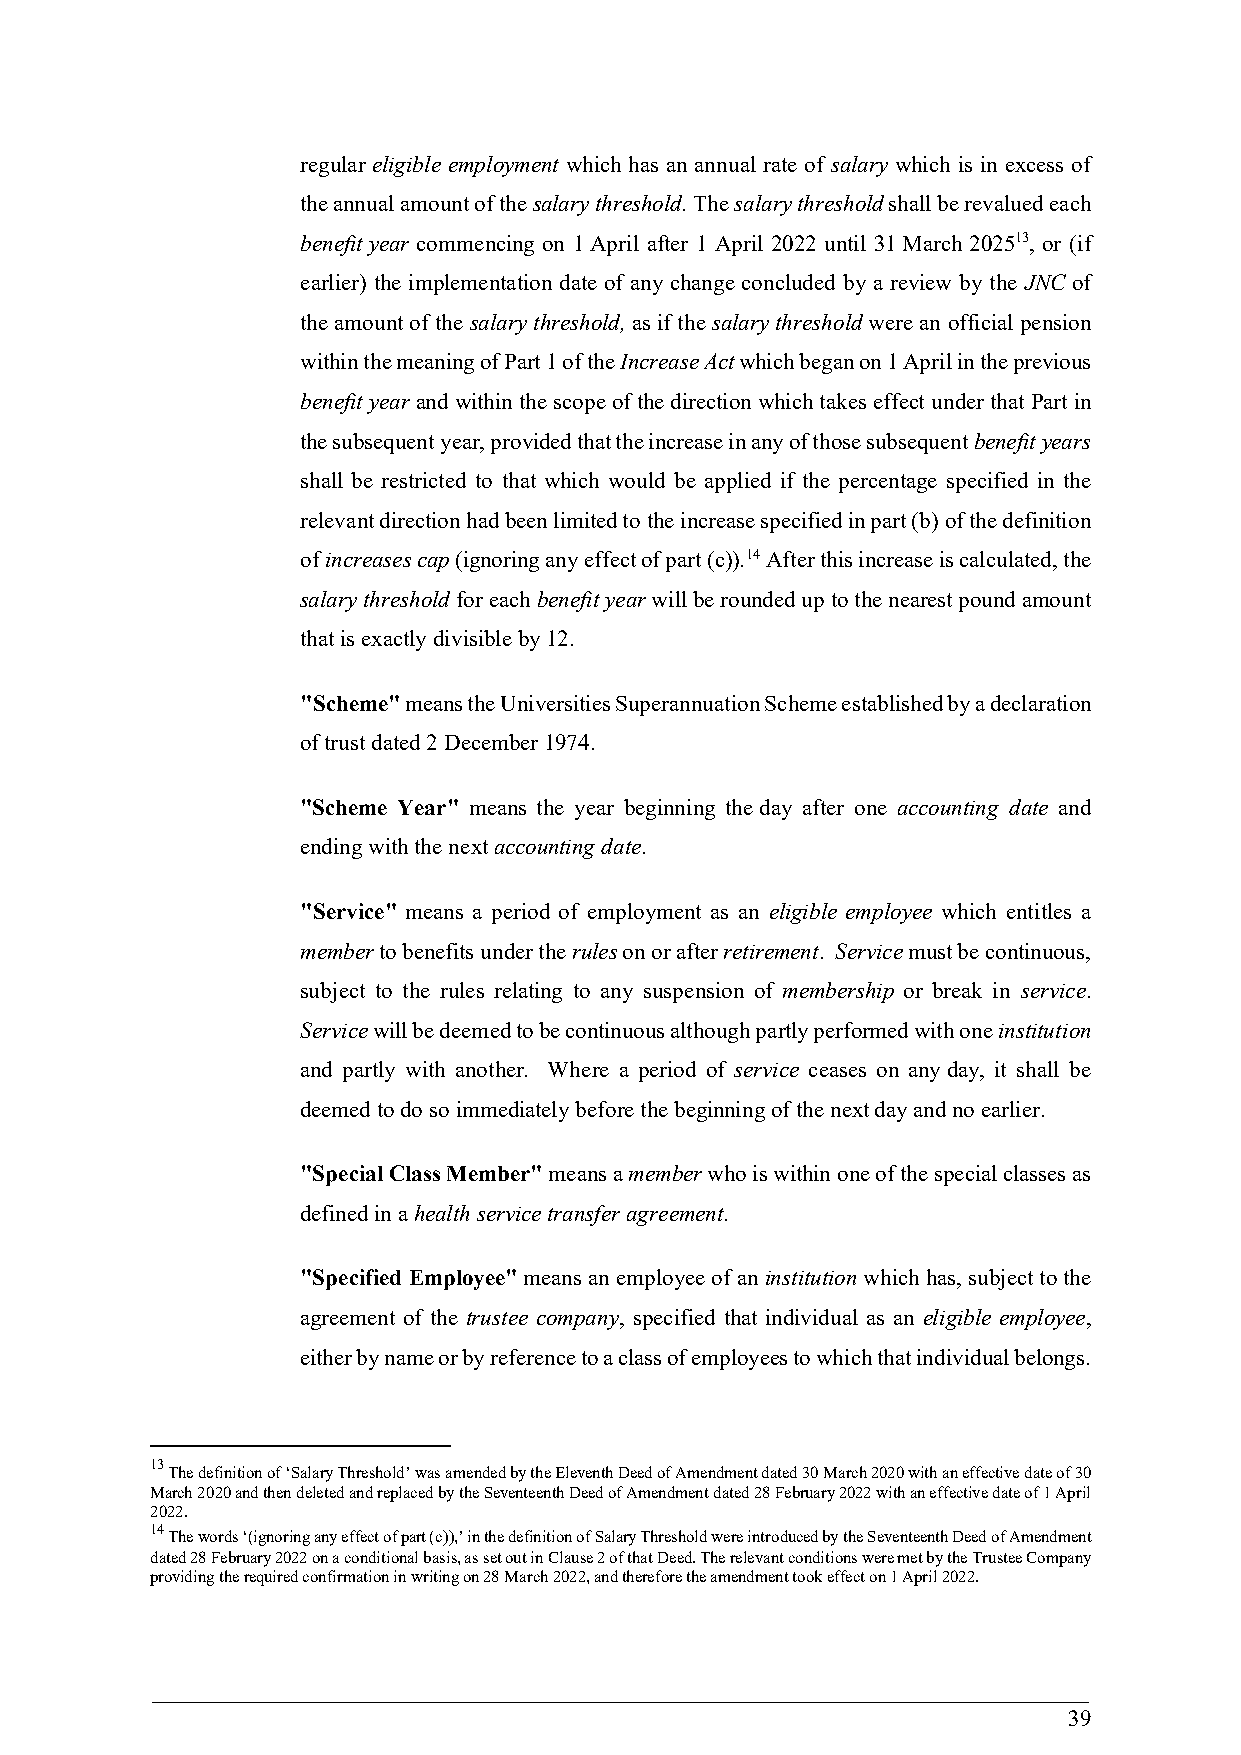
regular eligible employment which has an annual rate of salary which is in excess of
 the annual amount of the salary threshold. The salary threshold shall be revalued each
 benefit year commencing on 1 April after 1 April 2022 until 31 March 202513, or (if
 earlier) the implementation date of any change concluded by a review by the JNC of
 the amount of the salary threshold, as if the salary threshold were an official pension
 within the meaning of Part 1 of the Increase Act which began on 1 April in the previous
 benefit year and within the scope of the direction which takes effect under that Part in
 the subsequent year, provided that the increase in any of those subsequent benefit years
 shall be restricted to that which would be applied if the percentage specified in the
 relevant direction had been limited to the increase specified in part (b) of the definition
 of increases cap (ignoring any effect of part (c)).14 After this increase is calculated, the
 salary threshold for each benefit year will be rounded up to the nearest pound amount
 that is exactly divisible by 12.
 "Scheme" means the Universities Superannuation Scheme established by a declaration
 of trust dated 2 December 1974.
 "Scheme Year" means the year beginning the day after one accounting date and
 ending with the next accounting date.
 "Service" means a period of employment as an eligible employee which entitles a
 member to benefits under the rules on or after retirement. Service must be continuous,
 subject to the rules relating to any suspension of membership or break in service.
 Service will be deemed to be continuous although partly performed with one institution
 and partly with another. Where a period of service ceases on any day, it shall be
 deemed to do so immediately before the beginning of the next day and no earlier.
 "Special Class Member" means a member who is within one of the special classes as
 defined in a health service transfer agreement.
 "Specified Employee" means an employee of an institution which has, subject to the
 agreement of the trustee company, specified that individual as an eligible employee,
 either by name or by reference to a class of employees to which that individual belongs.
 13
 The definition of ‘Salary Threshold’ was amended by the Eleventh Deed of Amendment dated 30 March 2020 with an effective date of 30
 March 2020 and then deleted and replaced by the Seventeenth Deed of Amendment dated 28 February 2022 with an effective date of 1 April
 2022.
 14
 The words ‘(ignoring any effect of part (c)),’ in the definition of Salary Threshold were introduced by the Seventeenth Deed of Amendment
 dated 28 February 2022 on a conditional basis, as set out in Clause 2 of that Deed. The relevant conditions were met by the Trustee Company
 providing the required confirmation in writing on 28 March 2022, and therefore the amendment took effect on 1 April 2022.
 39